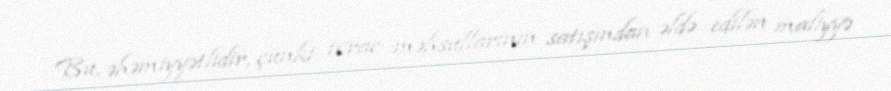
Bu, əhəmiyyətlidir, çünki ixrac məhsullarının satışından əldə edilən maliyyə